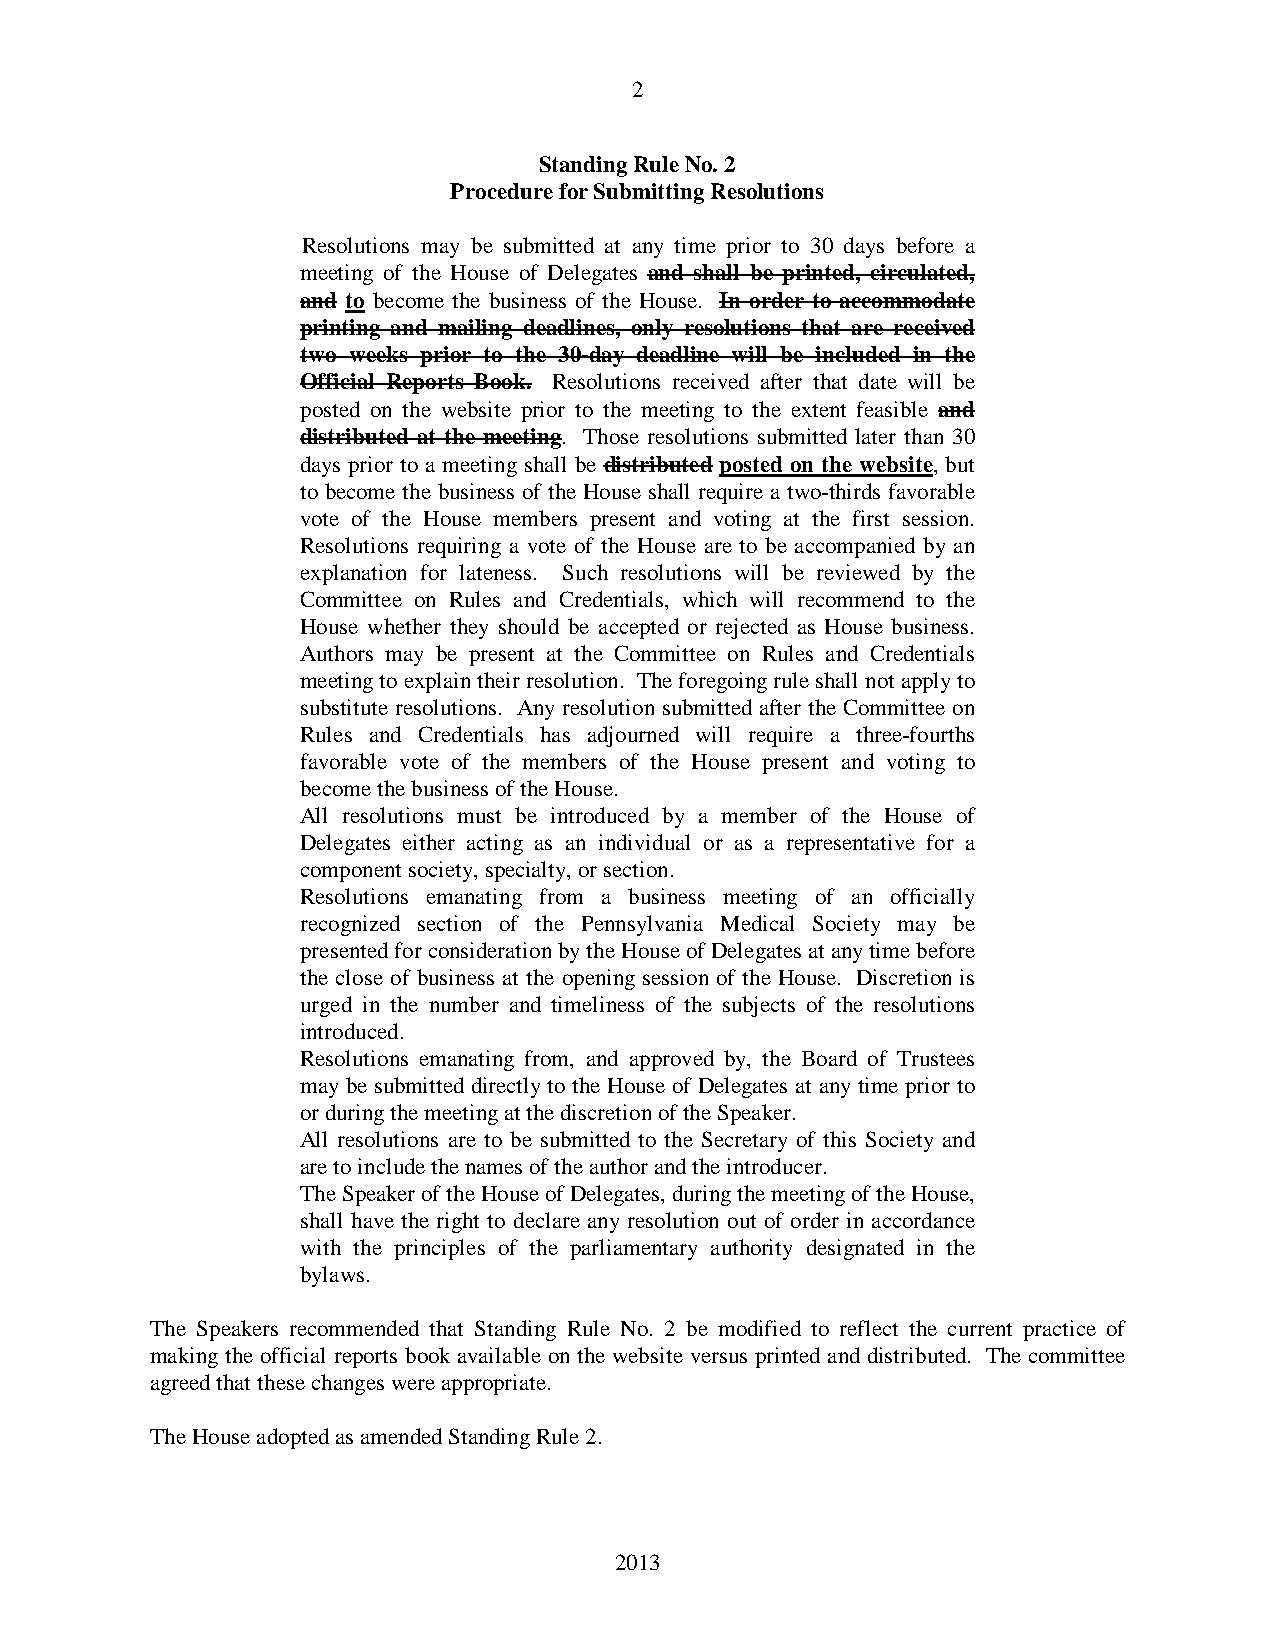
2
 Standing Rule No. 2
 Procedure for Submitting Resolutions
 Resolutions may be submitted at any time prior to 30 days before a
 meeting of the House of Delegates and shall be printed, circulated,
 and to become the business of the House. In order to accommodate
 printing and mailing deadlines, only resolutions that are received
 two weeks prior to the 30-day deadline will be included in the
 Official Reports Book. Resolutions received after that date will be
 posted on the website prior to the meeting to the extent feasible and
 distributed at the meeting. Those resolutions submitted later than 30
 days prior to a meeting shall be distributed posted on the website, but
 to become the business of the House shall require a two-thirds favorable
 vote of the House members present and voting at the first session.
 Resolutions requiring a vote of the House are to be accompanied by an
 explanation for lateness. Such resolutions will be reviewed by the
 Committee on Rules and Credentials, which will recommend to the
 House whether they should be accepted or rejected as House business.
 Authors may be present at the Committee on Rules and Credentials
 meeting to explain their resolution. The foregoing rule shall not apply to
 substitute resolutions. Any resolution submitted after the Committee on
 Rules and Credentials has adjourned will require a three-fourths
 favorable vote of the members of the House present and voting to
 become the business of the House.
 All resolutions must be introduced by a member of the House of
 Delegates either acting as an individual or as a representative for a
 component society, specialty, or section.
 Resolutions emanating from a business meeting of an officially
 recognized section of the Pennsylvania Medical Society may be
 presented for consideration by the House of Delegates at any time before
 the close of business at the opening session of the House. Discretion is
 urged in the number and timeliness of the subjects of the resolutions
 introduced.
 Resolutions emanating from, and approved by, the Board of Trustees
 may be submitted directly to the House of Delegates at any time prior to
 or during the meeting at the discretion of the Speaker.
 All resolutions are to be submitted to the Secretary of this Society and
 are to include the names of the author and the introducer.
 The Speaker of the House of Delegates, during the meeting of the House,
 shall have the right to declare any resolution out of order in accordance
 with the principles of the parliamentary authority designated in the
 bylaws.
 The Speakers recommended that Standing Rule No. 2 be modified to reflect the current practice of
 making the official reports book available on the website versus printed and distributed. The committee
 agreed that these changes were appropriate.
 The House adopted as amended Standing Rule 2.
 2013